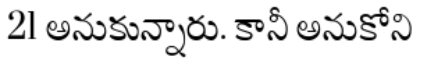
21 అనుకున్నారు. కానీ అనుకోని